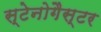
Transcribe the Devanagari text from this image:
स्टेनोगैस्टर